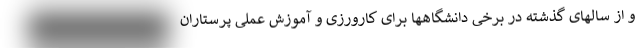
و از سالهای گذشته در برخی دانشگاهها برای کارورزی و آموزش عملی پرستاران